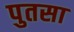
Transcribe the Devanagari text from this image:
पुतसा